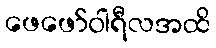
ဖေဖော်ဝါရီလအထိ